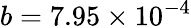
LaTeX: b=7.95\times 10^{-4}